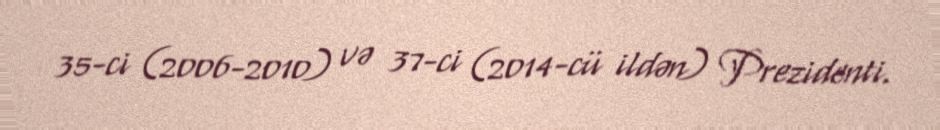
35-ci (2006-2010) və 37-ci (2014-cü ildən) Prezidenti.